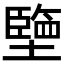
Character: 𡒓